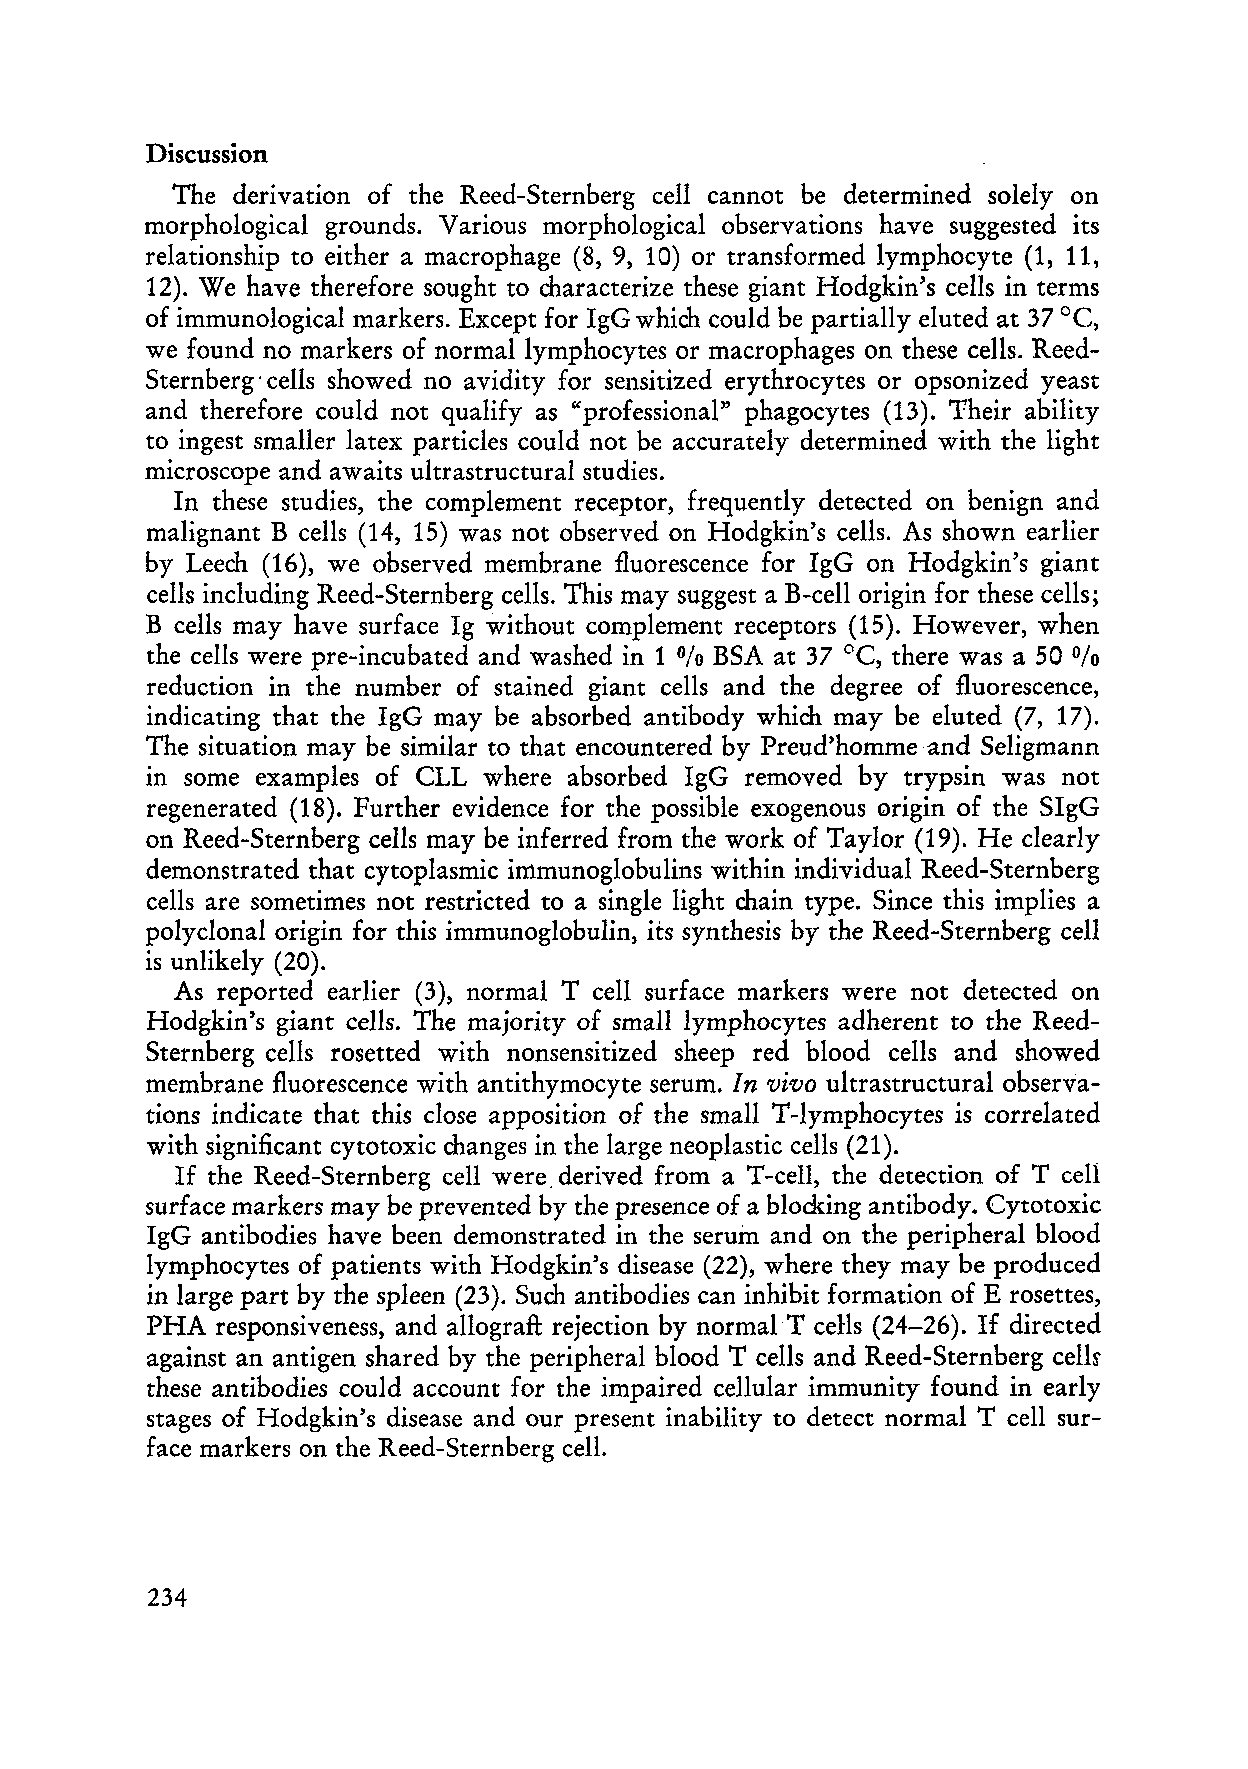
Discussion
 The derivation of the Reed-Sternherg cell cannot he determined solelyon
 morphological grounds. Various morphological observations have suggested its
 relationship to either a macrophage (8, 9, 10) or transformed lymphocyte (1, 11,
 12). We have therefore sought to characterize these giant Hodgkin's cells in terms
 oe,
 of immunological markers. Except for IgG which could be partially eluted at 37
 we found no markers of normal lymphocytes or macrophages on these cells. Reed
 Sternherg' cells showed no avidity for sensitized erythrocytes or opsonized yeast
 and therefore could not qualify as "professional" phagocytes (13). Their ability
 to in gest sm aller latex partieles could not be accurately determined with the light
 microscope and awaits ultrastructural studies.
 In these studies, the complement receptor, frequently detected on benign and
 malignant B cells (14, 15) was not observed on Hodgkin's cells. As shown earlier
 hy Leech (16), we observed membrane fluorescence for IgG on Hodgkin's giant
 cells including Reed-Sternberg cells. This may suggest a B-cell origin for these cells;
 B cells may have surface Ig without complement receptors (15). However, when
 the cells were pre-incubated and washed in 1 BSA at 37°C, there was a 50
 %                         0/0
 reduction in the number of stained giant cells and the degree of fluorescence,
 indicating that the IgG may be absorbed antibody which may be eluted (7, 17).
 The situation may be similar to that encountered by Preud'hommeand Seligmann
 in some examples of CLL where absorbed IgG removed by trypsin was not
 regenerated (18). Further evidence for the possible exogenous origin of the SIgG
 on Reed-Sternberg cells may be inferred from the work of Taylor (19). He clearly
 demonstrated that cytoplasmic iII1munoglobulins within individual Reed-Sternberg
 cells are sometimes not restricted to a single light chain type. Since this implies a
 polyclonal origin for this immunoglobulin, its synthesis by the Reed-Sternberg cell
 is unlikely (20).
 As reported earlier (3), normal T cell surface markers were not detected on
 Hodgkin's giant cells. The majority of smalllymphocytes adherent to the Reed
 Sternberg cells rosetted with nonsensitized sheep red blood cells and showed
 membrane fluorescence with antithymocyte serum. In vivo ultrastructural observa
 tions indicate that this elose apposition of the small T-Iymphocytes is correlated
 with significant cytotoxic changes in the large neoplastic cells (21).
 If the Reed-Sternberg cell were. derived from a T -celI, the detection of T cell
 surface markers may be prevented by the presence of ablocking antibody. Cytotoxic
 IgG antibodies have been demonstrated in the serum and on the peripheral blood
 lymphocytes of patients with Hodgkin's disease (22), where they may be produced
 in large part hy the spleen (23). Such antihodies can inhibit formation of E rosettes,
 PHA responsiveness, and allograft rejection hy normalT ceHs (24-26). If directed
 against an antigen shared hy the peripheral hlood T cells and Reed-Sternberg cells
 these antihodies could account for the impaired cellular immunity found in early
 stages of Hodgkin's disease and our present inability to detect normal T cell sur
 face markers on the Reed-Sternherg cell.
 234